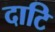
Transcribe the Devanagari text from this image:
दाटि